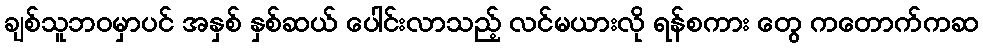
ချစ်သူဘဝမှာပင် အနှစ် နှစ်ဆယ် ပေါင်းလာသည့် လင်မယားလို ရန်စကား တွေ ကတောက်ကဆ